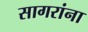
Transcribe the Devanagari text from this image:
सागरांना